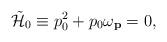
LaTeX: \begin{align*} \tilde{{\cal H}}_0 \equiv p_0^2 + p_0\omega_{\bf \small p} =0,\end{align*}